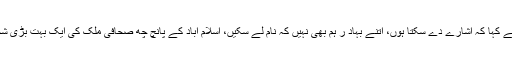
نجی ٹی وی چینل کے پروگرام میں گفتگو کرتے ہوئے رؤوف کلاسر ا نے کہا کہ اشارے دے سکتا ہوں، اتنے بہاد ر ہم بھی نہیں کہ نام لے سکیں، اسلام آباد کے پانچ چھ صحافی ملک کی ایک بہت بڑی شخصیت سے ملے جنہیں سپیشل بلایا گیا، بریفنگ اور سوال جواب ہوئے ۔